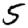
Digit: 5